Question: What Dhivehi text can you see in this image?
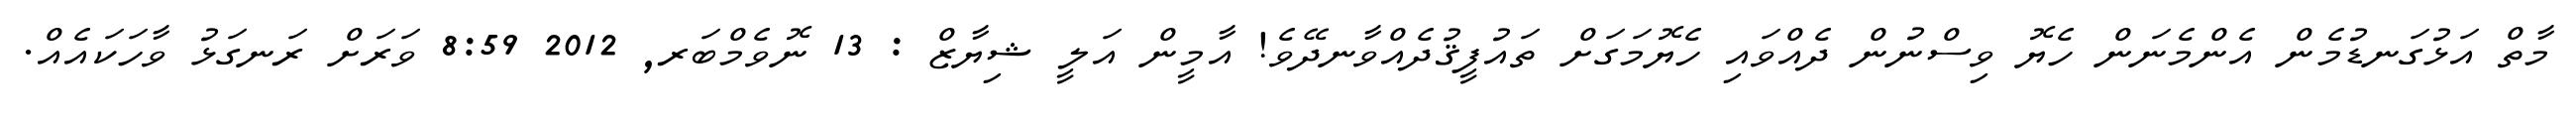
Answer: މާތް އަޅުގަނޑުމެން އެންމެނަން ހެޔޮ ވިސްނުން ދެއްވައި ހެޔޮމަގަށް ތައުފީޤުދެއްވާނދޭވެ! އާމީން އަލީ ޝިޔާޒް : 13 ނޮވެމްބަރ, 2012 8:59 ވަރަށް ރަނގަޅު ވާހަކައެއް.